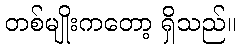
တစ်မျိုးကတော့ ရှိသည်။